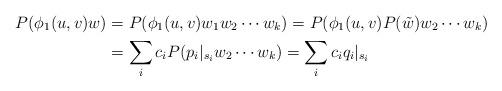
LaTeX: \begin{align*}P(\phi_1(u,v) w) &=P(\phi_1(u,v) w_1 w_2\cdots w_k) = P( \phi_1(u,v) P(\tilde{w})w_2\cdots w_k) \\&= \sum_i c_i P( p_i|_{s_i}w_2 \cdots w_k) = \sum_i c_i q_i|_{s_i}\end{align*}